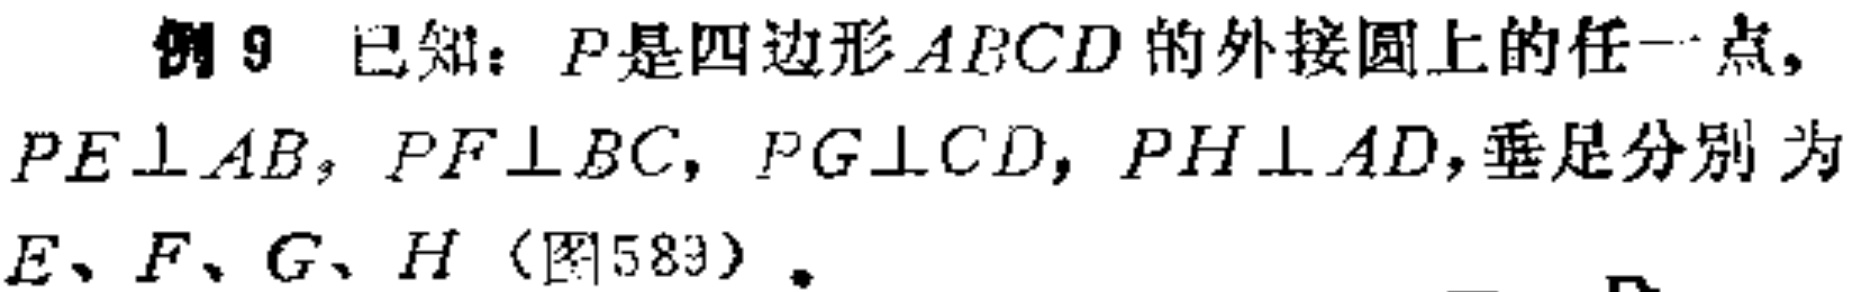
例 9 已知：\(P\)是四边形\(ABCD\)的外接圆上的任一点，\(PE\perp AB\)，\(PF\perp BC\)，\(PG\perp CD\)，\(PH\perp AD\)，垂足分别为\(E、F、G、H\)（图583）。